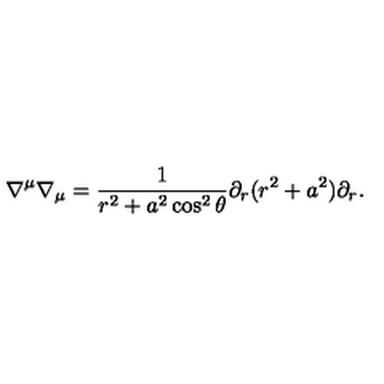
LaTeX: \nabla ^ { \mu } \nabla _ { \mu } = \frac 1 { r ^ { 2 } + a ^ { 2 } \cos ^ { 2 } \theta } \partial _ { r } ( r ^ { 2 } + a ^ { 2 } ) \partial _ { r } .